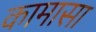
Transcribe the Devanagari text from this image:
कामासा